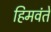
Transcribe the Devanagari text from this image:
हिमवंते